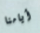
أيامنا